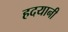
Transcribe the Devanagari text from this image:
हदयानी